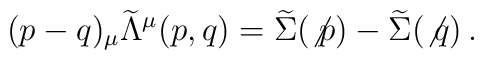
(p-q)_\mu {\widetilde{\Lambda}}^\mu (p,q) = \widetilde{\Sigma} (\not{p}) - \widetilde{\Sigma} (\not{q}) \, .